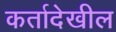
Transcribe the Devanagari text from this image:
कर्तादेखील